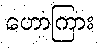
ဟောကြား